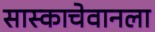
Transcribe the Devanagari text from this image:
सास्काचेवानला